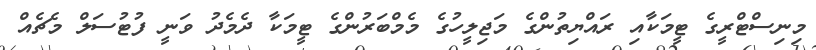
މިނިސްޓްރީގެ ޓީމަކާއި ރައްޔިތުންގެ މަޖިލީހުގެ މެމްބަރުންގެ ޓީމަކާ ދެމެދު ވަނީ ފުޓުސަލް މެޗެއް